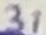
Text: 31